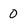
Character: 0